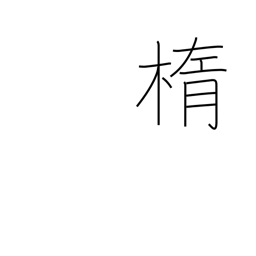
Meaning: ellipse